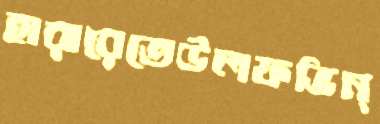
হারারেতেউলফভিন্